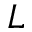
L _ { \sun }